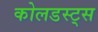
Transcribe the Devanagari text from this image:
कोलडस्ट्स